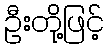
ဦးတို့ဖြင့်